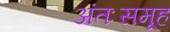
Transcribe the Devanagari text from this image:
अंतःसमूह